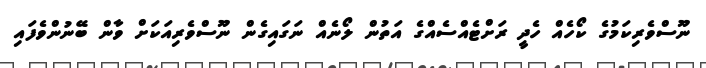
ނޫސްވެރިކަމުގެ ކޯހެއް ހެދީ ރަށްޓެއްސެއްގެ އަތުން ލޯނެއް ނަގައިގެން ނޫސްވެރިއަކަށް ވާން ބޭނުންވެފައި